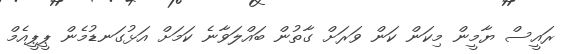
ރައީސް ޔާމީން މިކަން ކަން ވަރަށް ގާތުން ބައްލަވާނެ ކަމަށް އަޅުގަނޑުމެން ޕީޕީއެމް